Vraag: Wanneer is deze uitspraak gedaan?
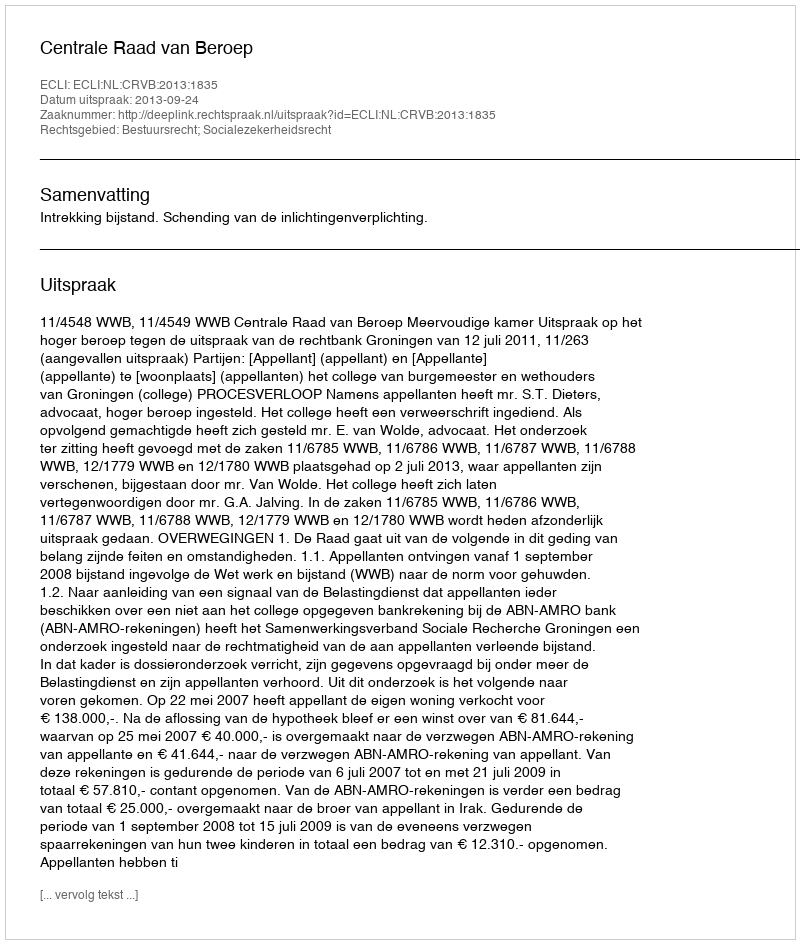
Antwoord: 2013-09-24